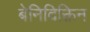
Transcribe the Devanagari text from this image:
बेनिदिक्तिन